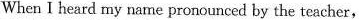
When I heard my name proncuneed by the teecher,